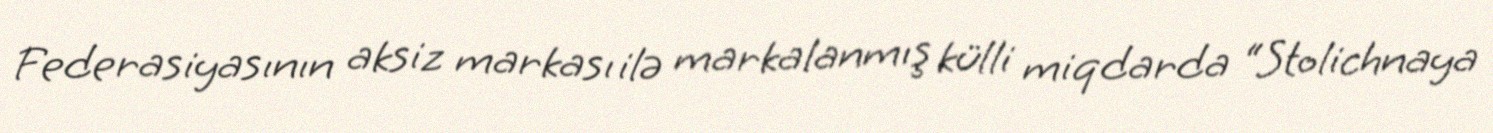
Federasiyasının aksiz markası ilə markalanmış külli miqdarda “Stolichnaya